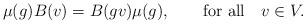
LaTeX: \begin{align*}\mu(g) B(v) = B(gv) \mu(g), \qquad\mbox{for all}\quad v \in V.\end{align*}